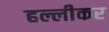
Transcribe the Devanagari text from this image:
हल्लीकर